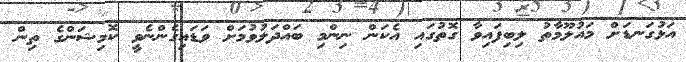
އަޅުގަނޑަށް މައުލޫމާތު ލިބިފައިވާ ގޮތުގައި އެކަން ނިންމި ބައްދަލުވުމަށް ވަޑައިގެންނެވީ ކޮމިޝަންގެ ތިން